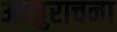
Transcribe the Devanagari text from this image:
आशुराचना